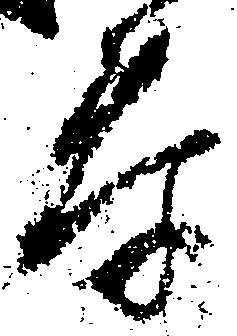
泰